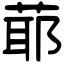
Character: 𦳃